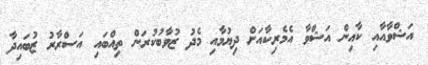
އަޝްވާއާއި ކާއިން އަޝްވާ އެމެރިކާއަށް ދިޔުމާއި މެދު ޒުވާބުކުރަން ތިއްބައި އަސްރާރު ޒުބައިދާ